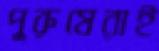
পুরুষেরাই